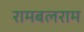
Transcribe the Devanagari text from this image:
रामबलराम